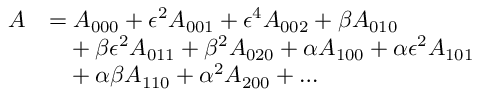
\begin{array} { r l } { A } & { = A _ { 0 0 0 } + \epsilon ^ { 2 } A _ { 0 0 1 } + \epsilon ^ { 4 } A _ { 0 0 2 } + \beta A _ { 0 1 0 } } \\ & { \hphantom { = } + \beta \epsilon ^ { 2 } A _ { 0 1 1 } + \beta ^ { 2 } A _ { 0 2 0 } + \alpha A _ { 1 0 0 } + \alpha \epsilon ^ { 2 } A _ { 1 0 1 } } \\ & { \hphantom { = } + \alpha \beta A _ { 1 1 0 } + \alpha ^ { 2 } A _ { 2 0 0 } + \ldots } \end{array}